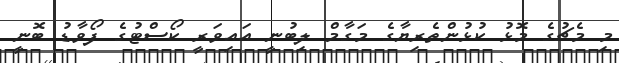
މި މެޗުގެ މޮޅު ކުޅުންތެރިޔާގެ މަގާމް ލިބުނީ އައިވަރީ ކޯސްޓުގެ ފޯވާޑު ބޮނީ